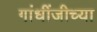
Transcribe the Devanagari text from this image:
गांधींजीच्या